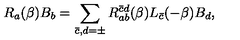
R _ { a } ( \beta ) B _ { b } = \sum _ { \bar { c } , d = \pm } R _ { a b } ^ { \bar { c } d } ( \beta ) L _ { \bar { c } } ( - \beta ) B _ { d } ,